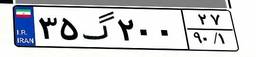
۳۵گ۲۰۰۲۷